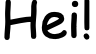
Hei!